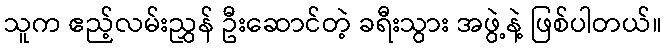
သူက ဧည့်လမ်းညွှန် ဦးဆောင်တဲ့ ခရီးသွား အဖွဲ့နဲ့ ဖြစ်ပါတယ်။